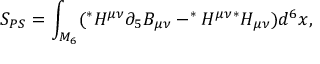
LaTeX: S _ { P S } = \int _ { M _ { 6 } } ( ^ { * } H ^ { \mu \nu } \partial _ { 5 } B _ { \mu \nu } - ^ { * } H ^ { \mu \nu } { } ^ { * } H _ { \mu \nu } ) d ^ { 6 } x ,